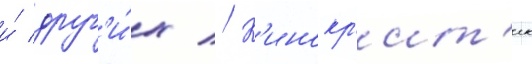
и́ друг'и́х // К'инокр'ит'ик